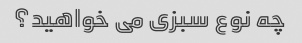
چه نوع سبزی می خواهید؟